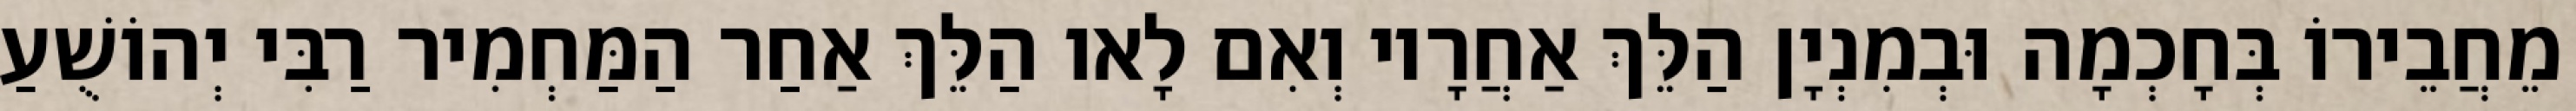
מֵחֲבֵירוֹ בְּחָכְמָה וּבְמִנְיָן הַלֵּךְ אַחֲרָיו וְאִם לָאו הַלֵּךְ אַחַר הַמַּחְמִיר רַבִּי יְהוֹשֻׁעַ